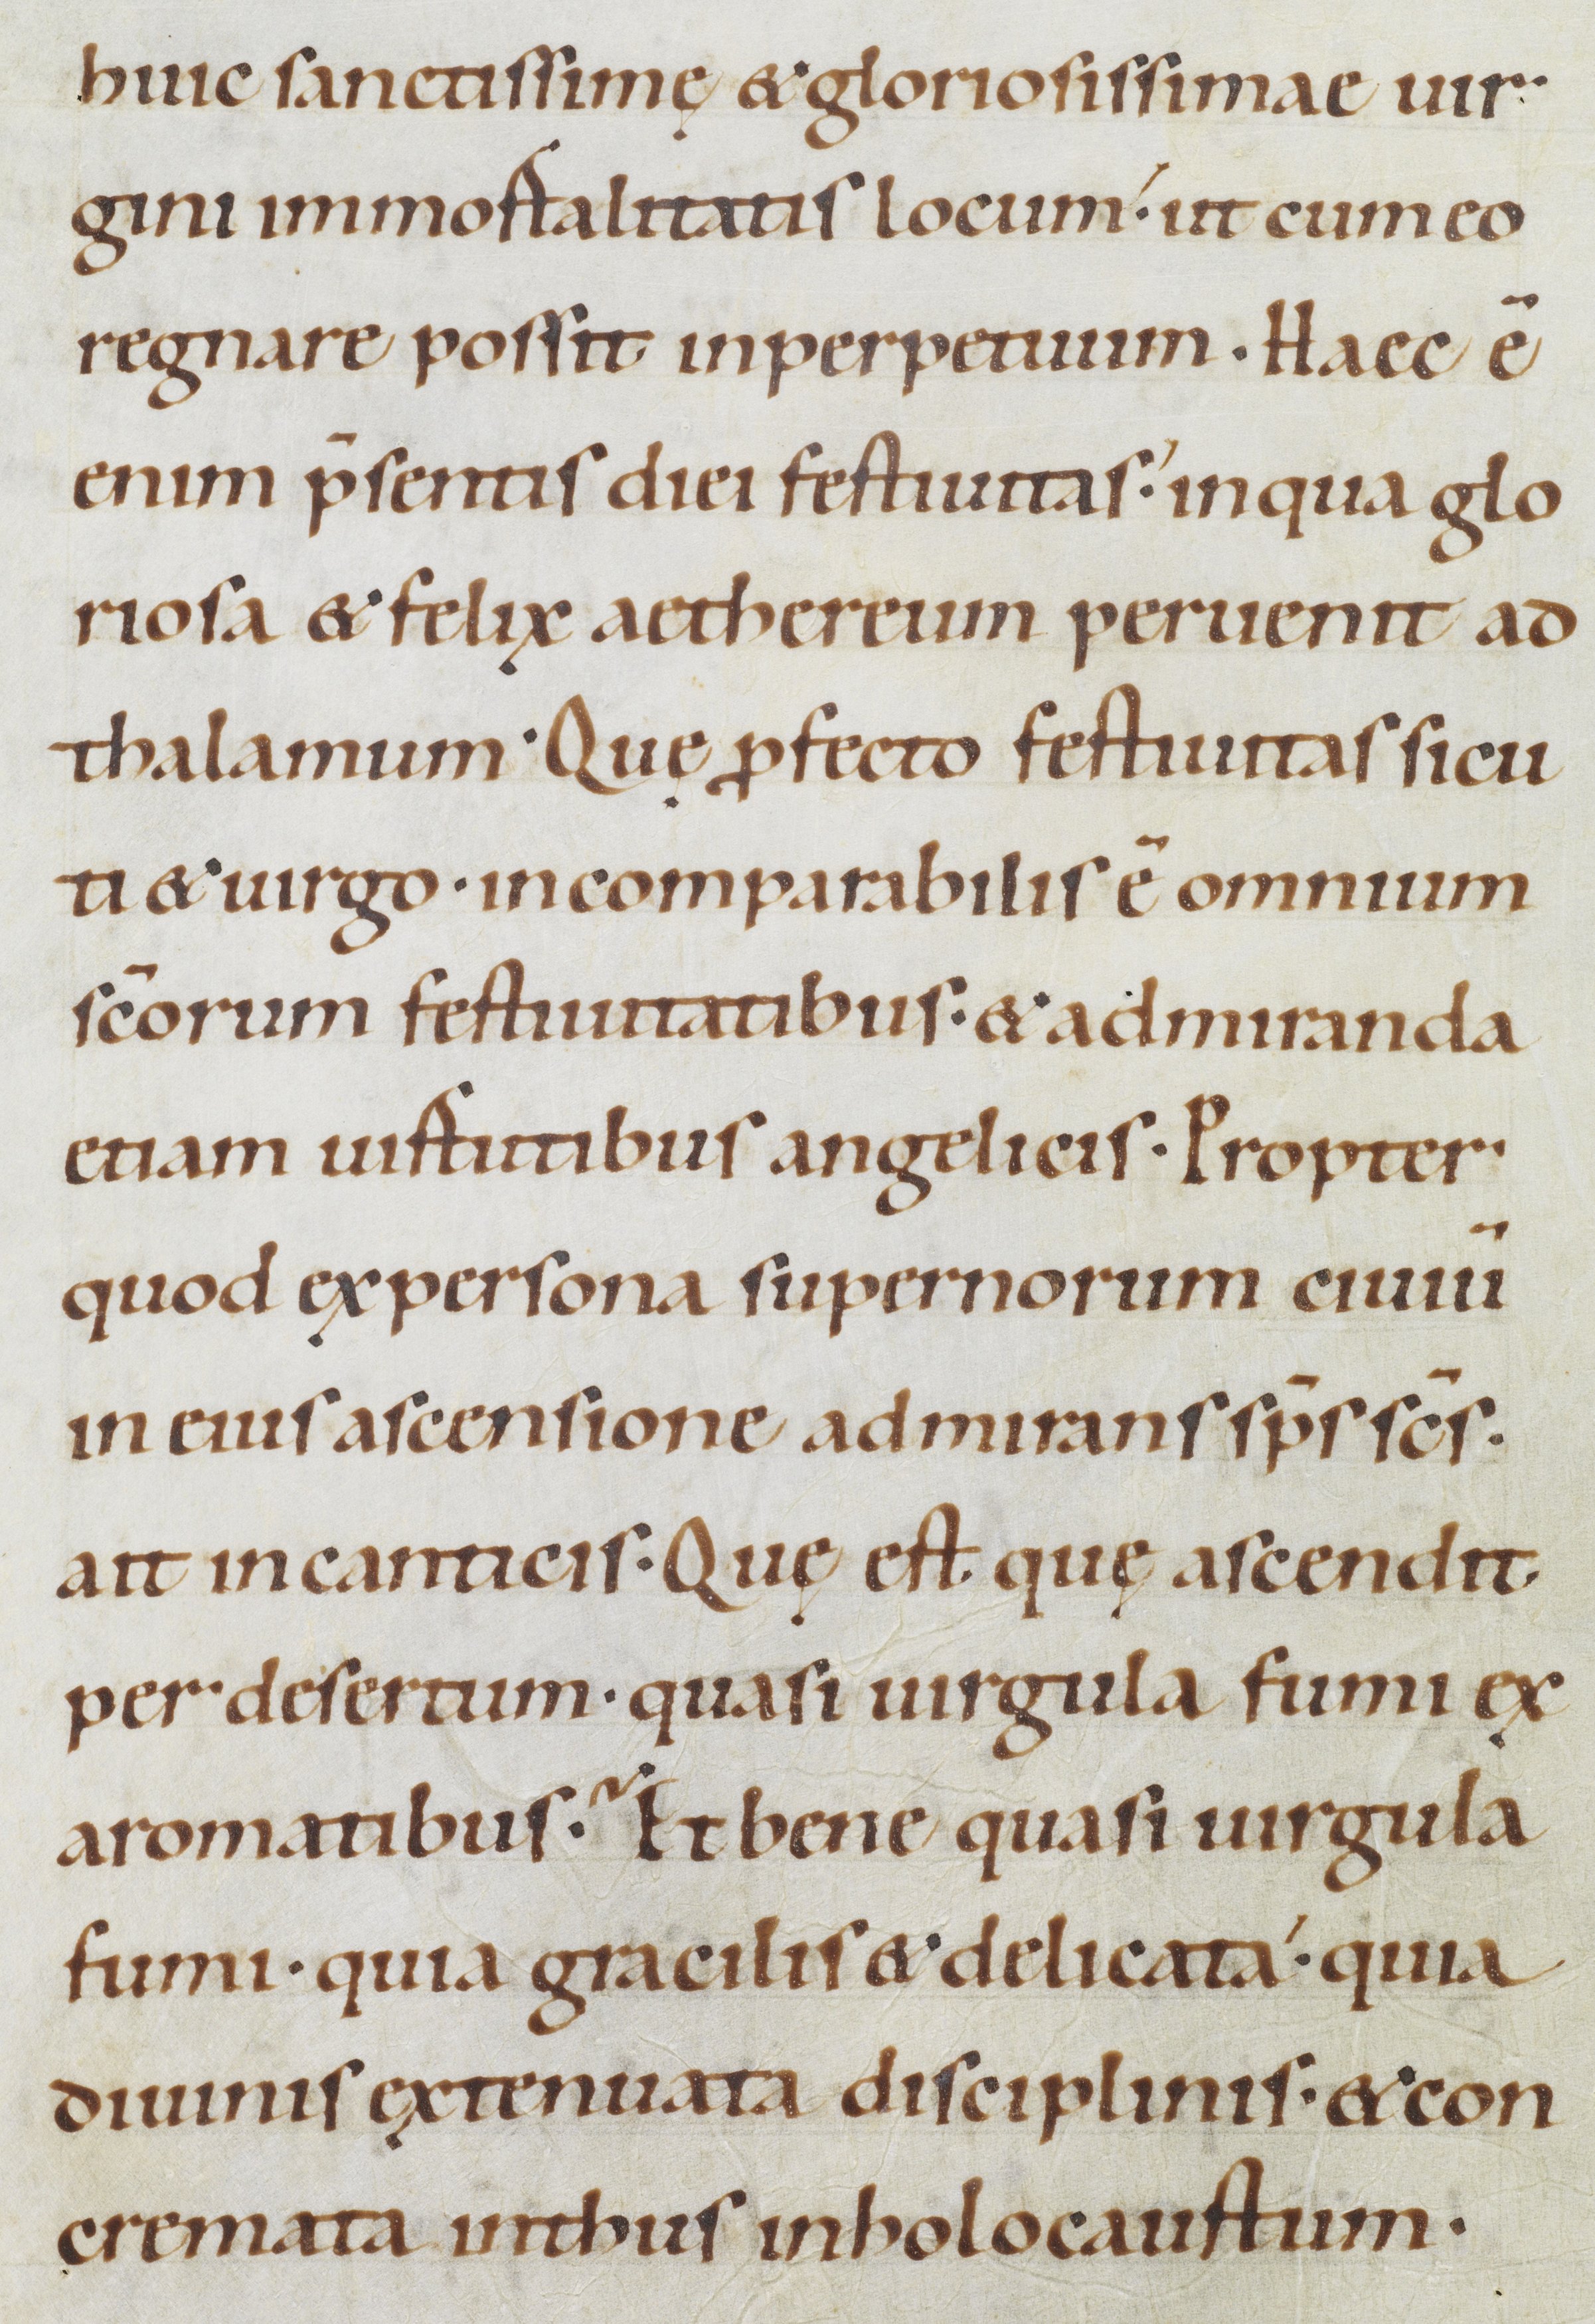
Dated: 1100–1199